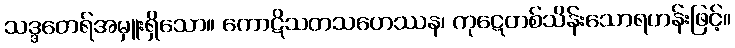
သဒ္ဒတေရ်အမှူးရှိသော။ ကောဋိသတသဟေဿန၊ ကုဋေတစ်သိန်းသောရဟန်းဖြင့်။